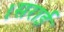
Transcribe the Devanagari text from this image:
।सराई